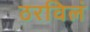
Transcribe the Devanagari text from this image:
ठरविलं